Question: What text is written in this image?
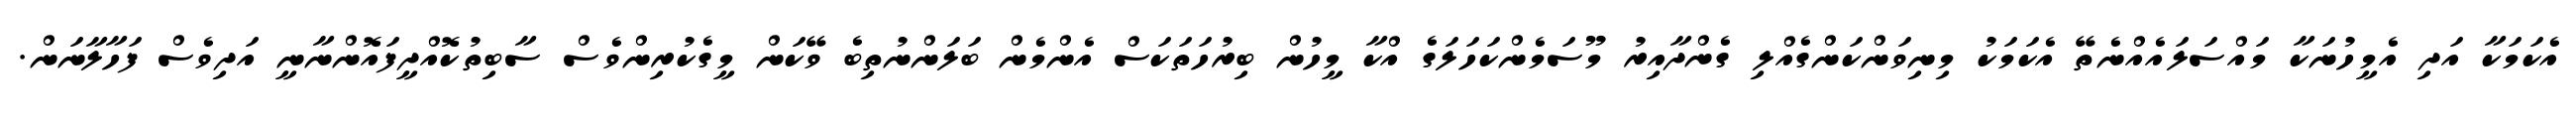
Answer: އެކަމަކާ އަދި އެމީހުނަކާ މައްސަލައެއްނެތޭ އެކަމަކު މިނިވަންކަންގެއްލި ގެންދާއިރު މޫސަމެންކަހަލަގެ އްކާ މީހުން ބިރުހަތަކަސް އެންމެން ބަލަންނުތިބެ ވޭކަން މީގެކުރިންވެސް ސާބިތުކޮއްދީފައޮންނާނީ އަދިވެސް ފަހާލާނަން.